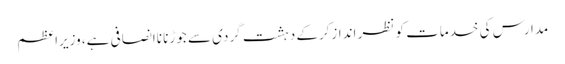
مدارس کی خدمات کو نظر اندازکرکے دہشت گردی سے جوڑنا ناانصافی ہے، وزیراعظم